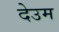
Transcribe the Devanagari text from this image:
देउम